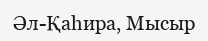
Әл-Қаһира, Мысыр